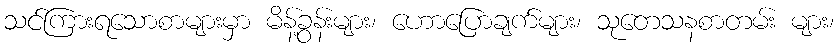
သင်ကြားရသောစာများမှာ မိန့်ခွန်းများ၊ ဟောပြောချက်များ၊ သုတေသနစာတမ်း များ၊